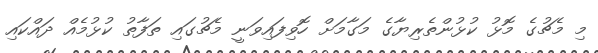
މި މެޗުގެ މޮޅު ކުޅުންތެރިޔާގެ މަގާމަށް ހޮވިފައިވަނީ މެޗުގައި ތަފާތު ކުޅުމެއް ދައްކައި